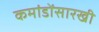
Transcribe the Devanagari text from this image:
कमांडोंसारखी